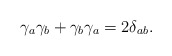
\begin{align*}\gamma _a\gamma _b+\gamma _b\gamma _a=2\delta _{ab}. \end{align*}